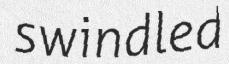
swindled